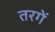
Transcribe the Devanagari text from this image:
तरगें